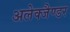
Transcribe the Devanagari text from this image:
अलेक्जैण्डर